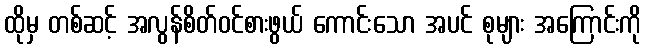
ထိုမှ တစ်ဆင့် အလွန်စိတ်ဝင်စားဖွယ် ကောင်းသော အပင် စုများ အကြောင်းကို